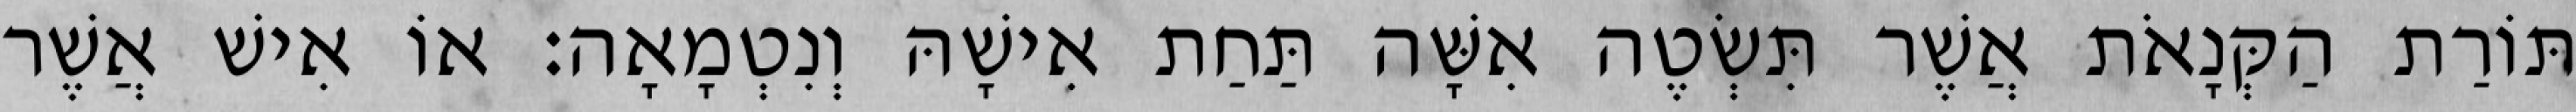
תּוֹרַת הַקְּנָאֹת אֲשֶׁר תִּשְׂטֶה אִשָּׁה תַּחַת אִישָׁהּ וְנִטְמָאָה׃ אוֹ אִישׁ אֲשֶׁר